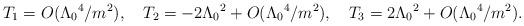
LaTeX: \begin{align*}T_1= O(\Lambda_0{}^4/m^2),\quad T_2= -2\Lambda_0{}^2 + O(\Lambda_0{}^4/m^2),\quad T_3= 2\Lambda_0{}^2 + O(\Lambda_0{}^4/m^2).\end{align*}